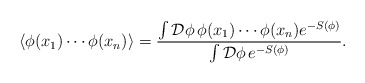
\begin{align*}\langle \phi(x_1)\cdots\phi(x_n)\rangle = \frac{\int \mathcal{D}\phi\, \phi(x_1)\cdots\phi(x_n) e^{-S(\phi)}} {\int \mathcal{D}\phi\, e^{-S(\phi)}} .\end{align*}